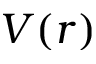
V ( r )